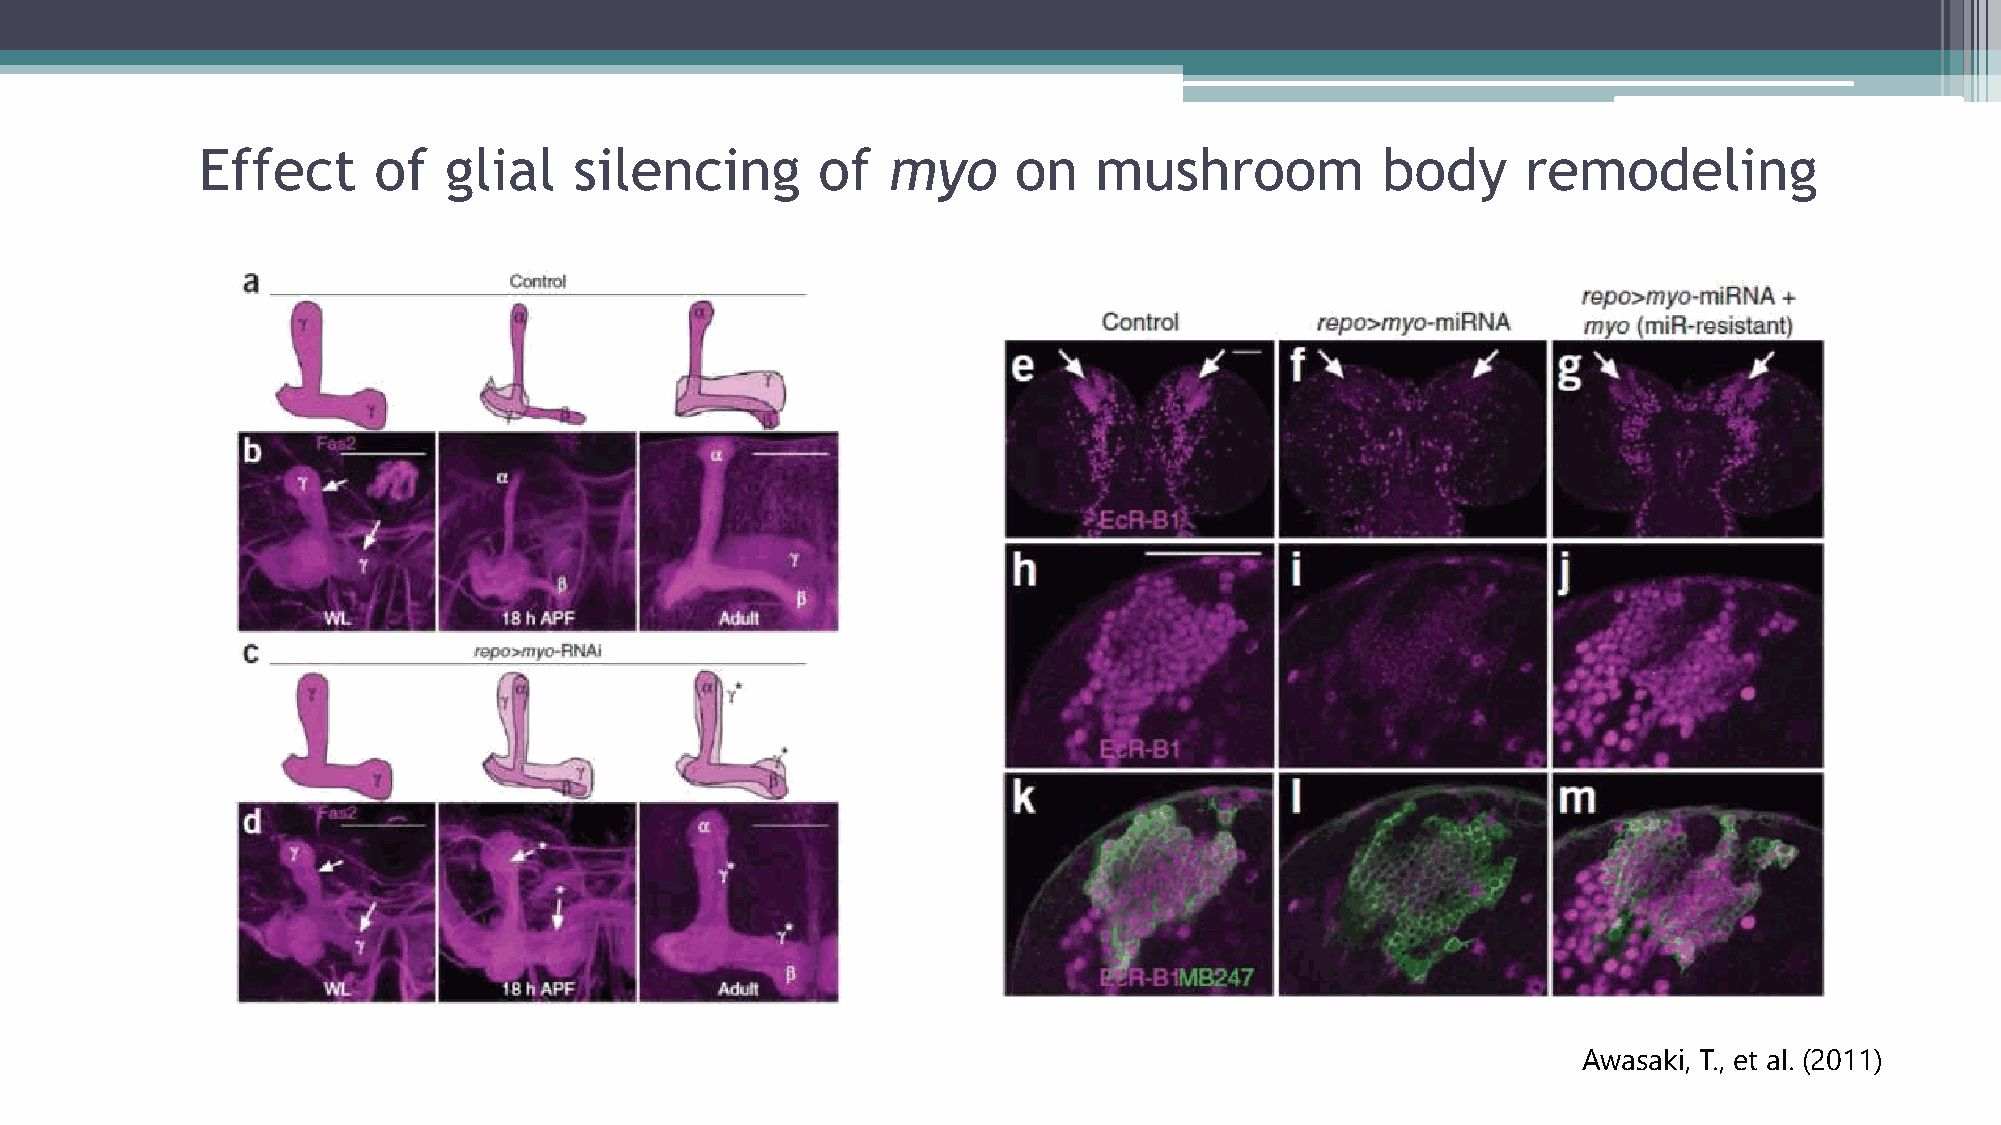
Effect      of  glial    silencing       of   myo     on   mushroom           body      remodeling
 Awasaki, T., et al. (2011)